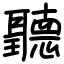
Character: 聽